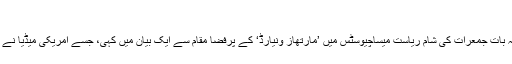
‘
امریکی صدر نے یہ بات جمعرات کی شام ریاست میساچیوسٹس میں ’مارتھاز وِنیارڈ‘ کے پُرفضا مقام سے ایک بیان میں کہی، جسے امریکی میڈیا نے براہ راست نشر کیا۔